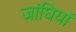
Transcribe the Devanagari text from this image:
जांघियां